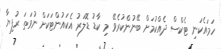
ހަމައެކަނި ޓެކްސް ދެއްކުމަށް ބޭނުންކުރެވޭ މި ކާޑު ޑޮލަރު އެކައުންޓަކަށް ނުވަތަ ރުފިޔާ